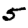
Digit: 5